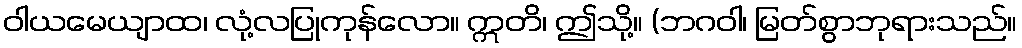
ဝါယမေယျာထ၊ လုံ့လပြုကုန်လော။ ဣတိ၊ ဤသို့။ (ဘဂဝါ၊ မြတ်စွာဘုရားသည်။